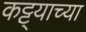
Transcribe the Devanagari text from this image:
कट्ट्याच्या